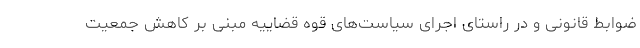
ضوابط قانونی و در راستای اجرای سیاست‌های قوه قضاییه مبنی بر کاهش جمعیت